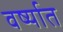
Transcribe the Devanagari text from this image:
वर्ष्यात